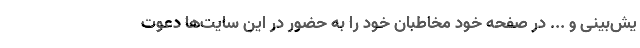
یش‌بینی و ... در صفحه خود مخاطبان خود را به حضور در این سایت‌ها دعوت